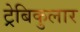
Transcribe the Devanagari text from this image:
ट्रेबिकुलार